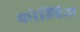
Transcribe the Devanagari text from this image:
कोल्डिज